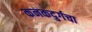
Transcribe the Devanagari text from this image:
कनकदुर्गचा